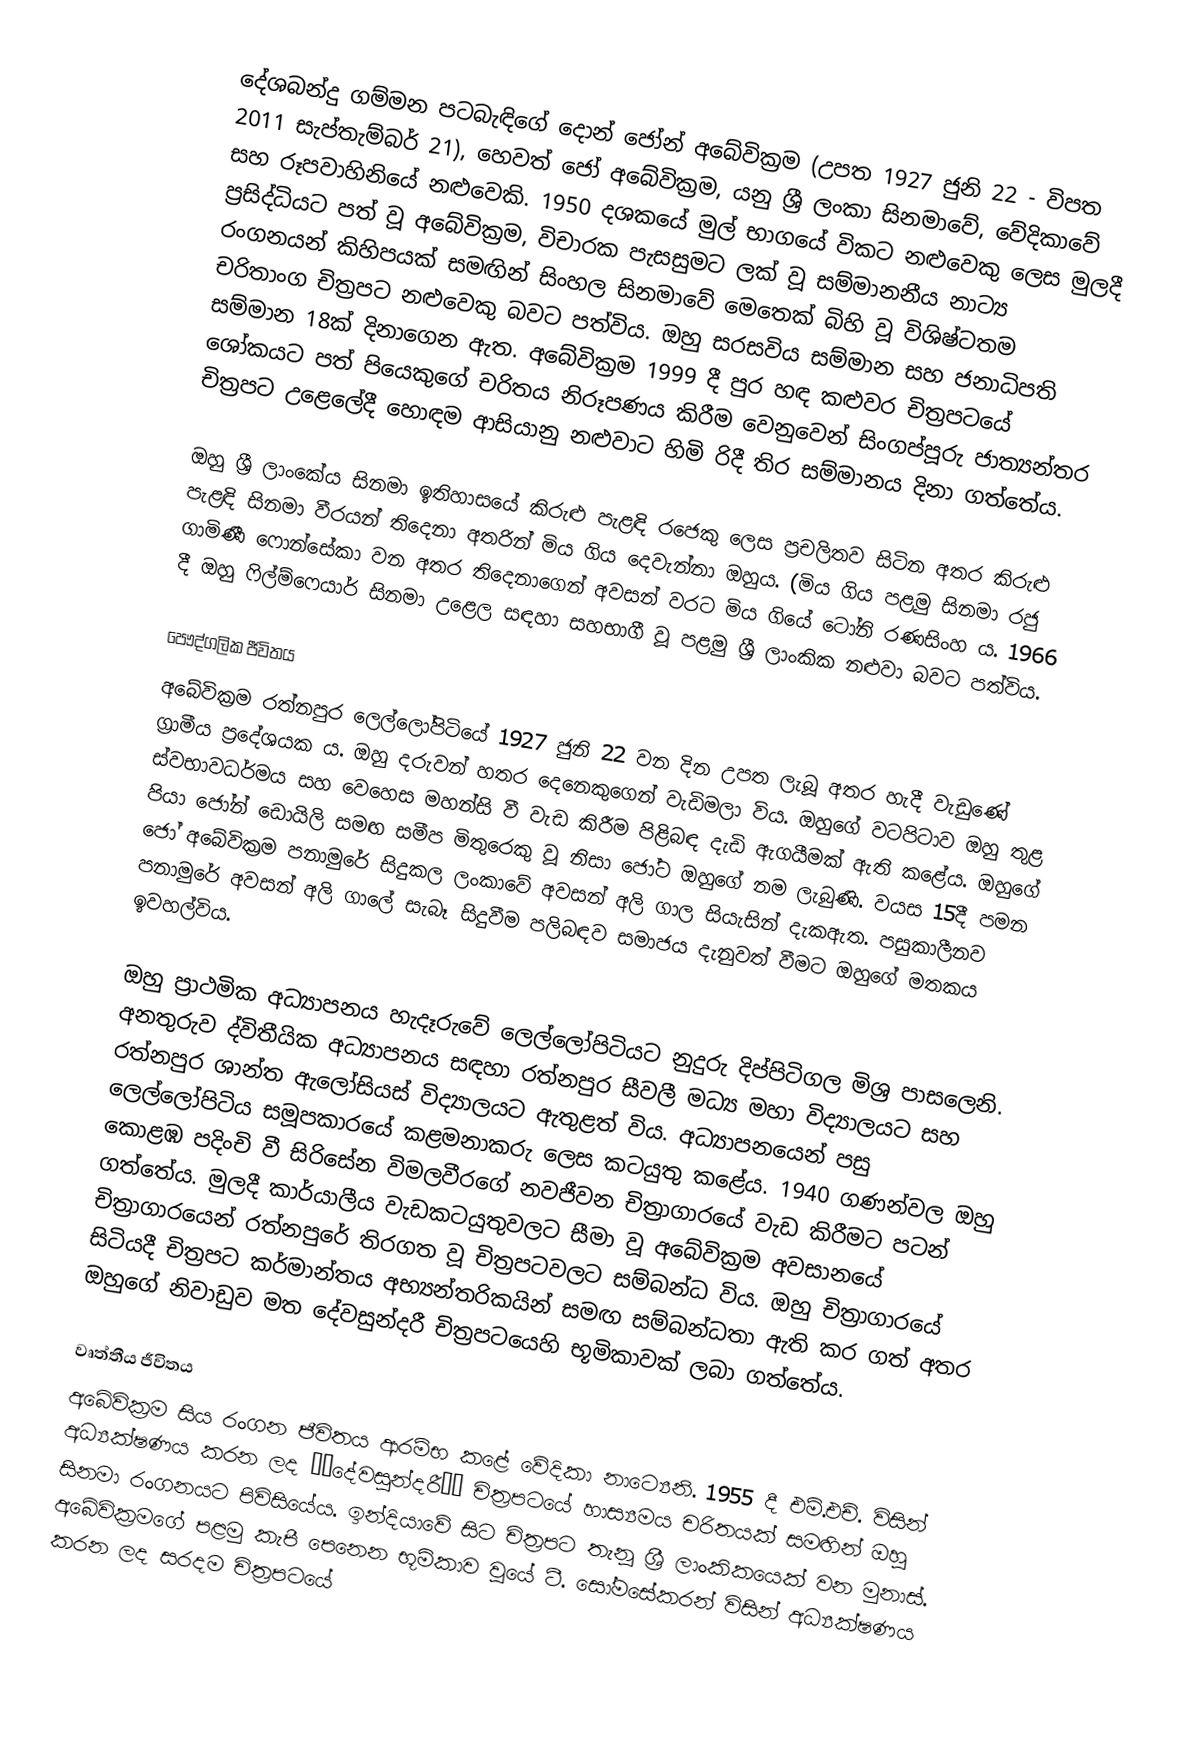
දේශබන්දු ගම්මන පටබැඳිගේ දොන් ජෝන් අබේවික්‍රම (උපත 1927 ජුනි 22 - විපත 2011 සැප්තැම්බර් 21), හෙවත් ජෝ අබේවික්‍රම, යනු ශ්‍රී ලංකා සිනමාවේ, වේදිකාවේ සහ රූපවාහිනියේ නළුවෙකි. 1950 දශකයේ මුල් භාගයේ විකට නළුවෙකු ලෙස මුලදී ප්‍රසිද්ධියට පත් වූ අබේවික්‍රම, විචාරක පැසසුමට ලක් වූ සම්මානනීය නාට්‍ය රංගනයන් කිහිපයක් සමඟින් සිංහල සිනමාවේ මෙතෙක් බිහි වූ විශිෂ්ටතම චරිතාංග චිත්‍රපට නළුවෙකු බවට පත්විය. ඔහු සරසවිය සම්මාන සහ ජනාධිපති සම්මාන 18ක් දිනාගෙන ඇත. අබේවික්‍රම 1999 දී පුර හඳ කළුවර චිත්‍රපටයේ ශෝකයට පත් පියෙකුගේ චරිතය නිරූපණය කිරීම වෙනුවෙන් සිංගප්පූරු ජාත්‍යන්තර චිත්‍රපට උළෙලේදී හොඳම ආසියානු නළුවාට හිමි රිදී තිර සම්මානය දිනා ගත්තේය.

ඔහු ශ්‍රී ලාංකේය සිනමා ඉතිහාසයේ කිරුළු පැළඳි රජෙකු ලෙස ප්‍රචලිතව සිටින අතර කිරුළු පැළඳි සිනමා වීරයන් තිදෙනා අතරින් මිය ගිය දෙවැන්නා ඔහුය. (මිය ගිය පළමු සිනමා රජු ගාමිණී ෆොන්සේකා වන අතර තිදෙනාගෙන් අවසන් වරට මිය ගියේ ටෝනි රණසිංහ ය. 1966 දී ඔහු ෆිල්ම්ෆෙයාර් සිනමා උළෙල සඳහා සහභාගී වූ පළමු ශ්‍රී ලාංකික නළුවා බවට පත්විය.

පෞද්ගලික ජීවිතය
අබේවික්‍රම රත්නපුර ලෙල්ලෝපිටියේ 1927 ජුනි 22 වන දින උපත ලැබූ අතර හැදී වැඩුණේ ග්‍රාමීය ප්‍රදේශයක ය. ඔහු දරුවන් හතර දෙනෙකුගෙන් වැඩිමලා විය. ඔහුගේ වටපිටාව ඔහු තුළ ස්වභාවධර්මය සහ වෙහෙස මහන්සි වී වැඩ කිරීම පිළිබඳ දැඩි ඇගයීමක් ඇති කළේය. ඔහුගේ පියා ජෝන් ඩොයිලි සමඟ සමීප මිතුරෙකු වූ නිසා ජෝට ඔහුගේ නම ලැබුණි. වයස 15දී පමන ජෝ අබේවික්‍රම පනාමුරේ සිදුකල ලංකාවේ අවසන් අලි ගාල සියැසින් දැකඇත. පසුකාලීනව පනාමුරේ අවසන් අලි ගාලේ සැබෑ සිදුවීම පලිබඳව සමාජය දැනුවත් වීම‍ට ඔහුගේ මතකය ඉවහල්විය.

ඔහු ප්‍රාථමික අධ්‍යාපනය හැදෑරුවේ ලෙල්ලෝපිටියට නුදුරු දිප්පිටිගල මිශ්‍ර පාසලෙනි. අනතුරුව ද්විතීයික අධ්‍යාපනය සඳහා රත්නපුර සීවලී මධ්‍ය මහා විද්‍යාලයට සහ රත්නපුර ශාන්ත ඇලෝසියස් විද්‍යාලයට ඇතුළත් විය. අධ්‍යාපනයෙන් පසු ලෙල්ලෝපිටිය සමූපකාරයේ කළමනාකරු ලෙස කටයුතු කළේය. 1940 ගණන්වල ඔහු කොළඹ පදිංචි වී සිරිසේන විමලවීරගේ නවජීවන චිත්‍රාගාරයේ වැඩ කිරීමට පටන් ගත්තේය. මුලදී කාර්යාලීය වැඩකටයුතුවලට සීමා වූ අබේවික්‍රම අවසානයේ චිත්‍රාගාරයෙන් රත්නපුරේ තිරගත වූ චිත්‍රපටවලට සම්බන්ධ විය. ඔහු චිත්‍රාගාරයේ සිටියදී චිත්‍රපට කර්මාන්තය අභ්‍යන්තරිකයින් සමඟ සම්බන්ධතා ඇති කර ගත් අතර ඔහුගේ නිවාඩුව මත දේවසුන්දරී චිත්‍රපටයෙහි භූමිකාවක් ලබා ගත්තේය.

වෘත්තීය ජීවිතය
අබේවික්‍රම සිය රංගන ජීවිතය ආරම්භ කළේ වේදිකා නාට්‍යෙනි. 1955 දී එම්.එච්. විසින් අධ්‍යක්ෂණය කරන ලද ‘‘දේවසුන්දරී’’ චිත්‍රපටයේ හාස්‍යමය චරිතයක් සමඟින් ඔහු සිනමා රංගනයට පිවිසියේය. ඉන්දියාවේ සිට චිත්‍රපට තැනූ ශ්‍රී ලාංකිකයෙක් වන මුනාස්. අබේවික්‍රමගේ පළමු කැපී පෙනෙන භූමිකාව වූයේ ටී. සෝමසේකරන් විසින් අධ්‍යක්ෂණය කරන ලද සරදම චිත්‍රපටයේ